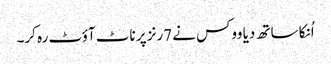
اُنکا ساتھ دیا ووکس نے 7رنز پر ناٹ آؤٹ رہ کر۔